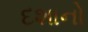
દશાનો